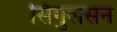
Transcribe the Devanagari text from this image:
सिगुलसन